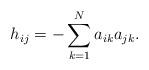
LaTeX: \begin{align*}h_{ij}=-\sum_{k=1}^{N} a_{ik}a_{jk}.\end{align*}